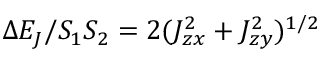
\Delta E _ { J } / S _ { 1 } S _ { 2 } = 2 ( J _ { z x } ^ { 2 } + J _ { z y } ^ { 2 } ) ^ { 1 / 2 }